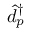
\hat { d } _ { p } ^ { \dagger }